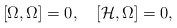
\begin{align*}[\Omega,\Omega]=0,\quad[{\cal H},\Omega]=0,\end{align*}